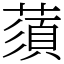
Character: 蕦